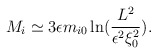
\begin{align*}M_{i}\simeq 3\epsilon m_{i0}\ln (\frac{L^{2}}{\epsilon ^{2}\xi _{0}^{2}}).\end{align*}